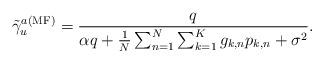
LaTeX: \begin{align*} \tilde \gamma _u^{a({\rm{MF}})} = \frac{q}{{\alpha q + \frac{1}{N}\sum\nolimits_{n=1}^N {\sum\nolimits_{k=1}^K g_{k,n} {{p_{k,n}}} } + {\sigma ^2}}}.\end{align*}